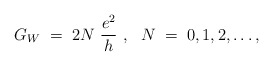
\begin{align*}G_W\;=\;2N~\frac{e^2}{h}~,~~N\;=\;0,1,2,\ldots,\end{align*}